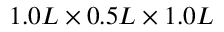
1 . 0 L \times 0 . 5 L \times 1 . 0 L